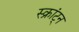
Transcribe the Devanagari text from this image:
स्क्रांट्न